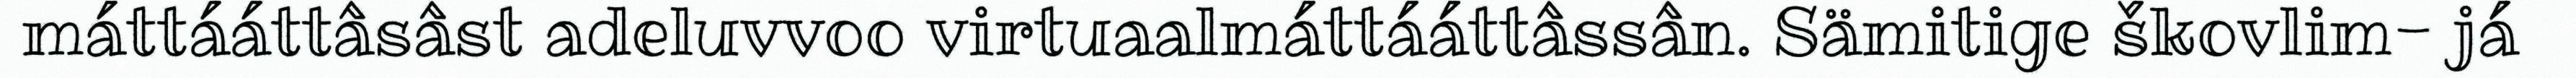
máttááttâsâst adeluvvoo virtuaalmáttááttâssân. Sämitige škovlim- já